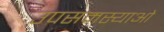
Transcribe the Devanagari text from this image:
उपसमस्याओं